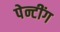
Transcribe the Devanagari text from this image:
पेन्टींग